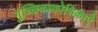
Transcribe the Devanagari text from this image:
गुच्छिकाकोशिकाएँ